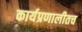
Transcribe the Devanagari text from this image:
कार्यप्रणालीतच